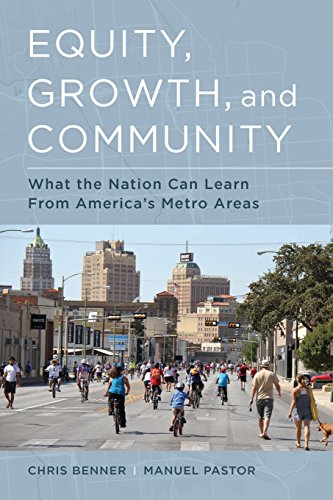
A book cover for Equity, Growth, and Community: What the Nation Can Learn from America's Metro Areas; Chris Benner; Business & Money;